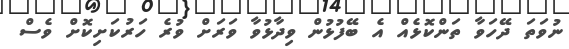
ނުވަތަ ދޭހަވާ ތަންކޮޅެއް އެ ބޭފުޅުން ވިދާޅުވާ ވަރަށް ވުރެ ހަރުކަށިކޮށް ވެސް